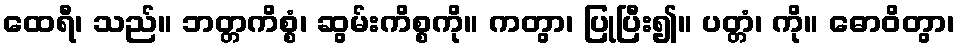
ထေရီ၊ သည်။ ဘတ္တကိစ္စံ၊ ဆွမ်းကိစ္စကို။ ကတွာ၊ ပြုပြီး၍။ ပတ္တံ၊ ကို။ ဓောဝိတွာ၊